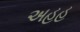
અહહ